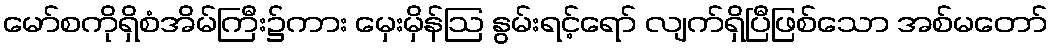
မော်စကိုရှိစံအိမ်ကြီး၌ကား မှေးမှိန်ဩ နွမ်းရင့်ရော် လျက်ရှိပြီဖြစ်သော အစ်မတော်